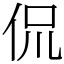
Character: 侃